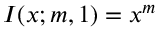
I ( x ; m , 1 ) = x ^ { m }